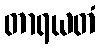
တာရယတံ